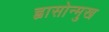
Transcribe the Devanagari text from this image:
ह्वासोन्मुख